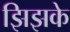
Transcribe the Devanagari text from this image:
झिझके